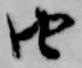
由